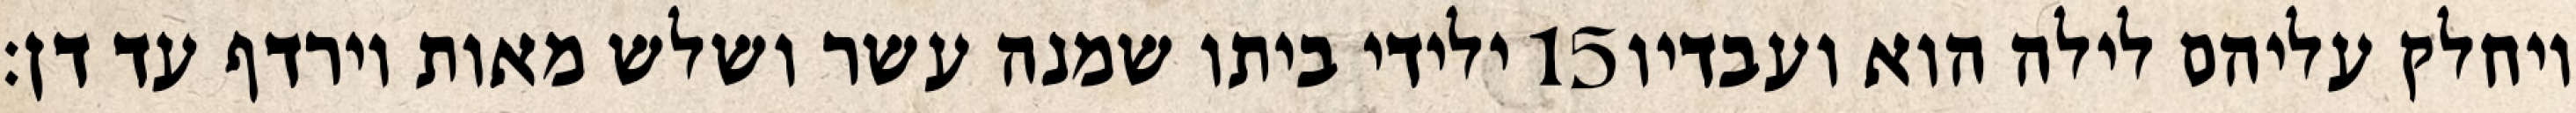
ילידי ביתו שמנה עשר ושלש מאות וירדף עד דן׃ ‎15‏ ויחלק עליהם לילה הוא ועבדיו